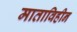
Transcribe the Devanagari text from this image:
माताविहीन